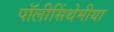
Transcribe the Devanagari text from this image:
पॉलीसिंथेमीया